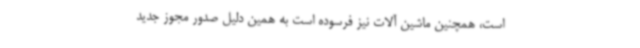
است، همچنین ماشین آلات نیز فرسوده است به همین دلیل صدور مجوز جدید